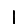
Digit: 1